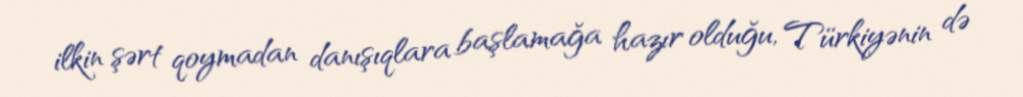
ilkin şərt qoymadan danışıqlara başlamağa hazır olduğu, Türkiyənin də